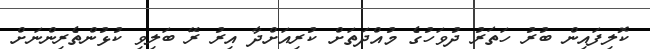
ކޮލިފައިން ބުރު ހަތަރު ދުވަހުގެ މުއްދަތަށް ކުރިއަށްދާ އިރު ރޭ ބަލިވި ކުޅުންތެރިންނަށް